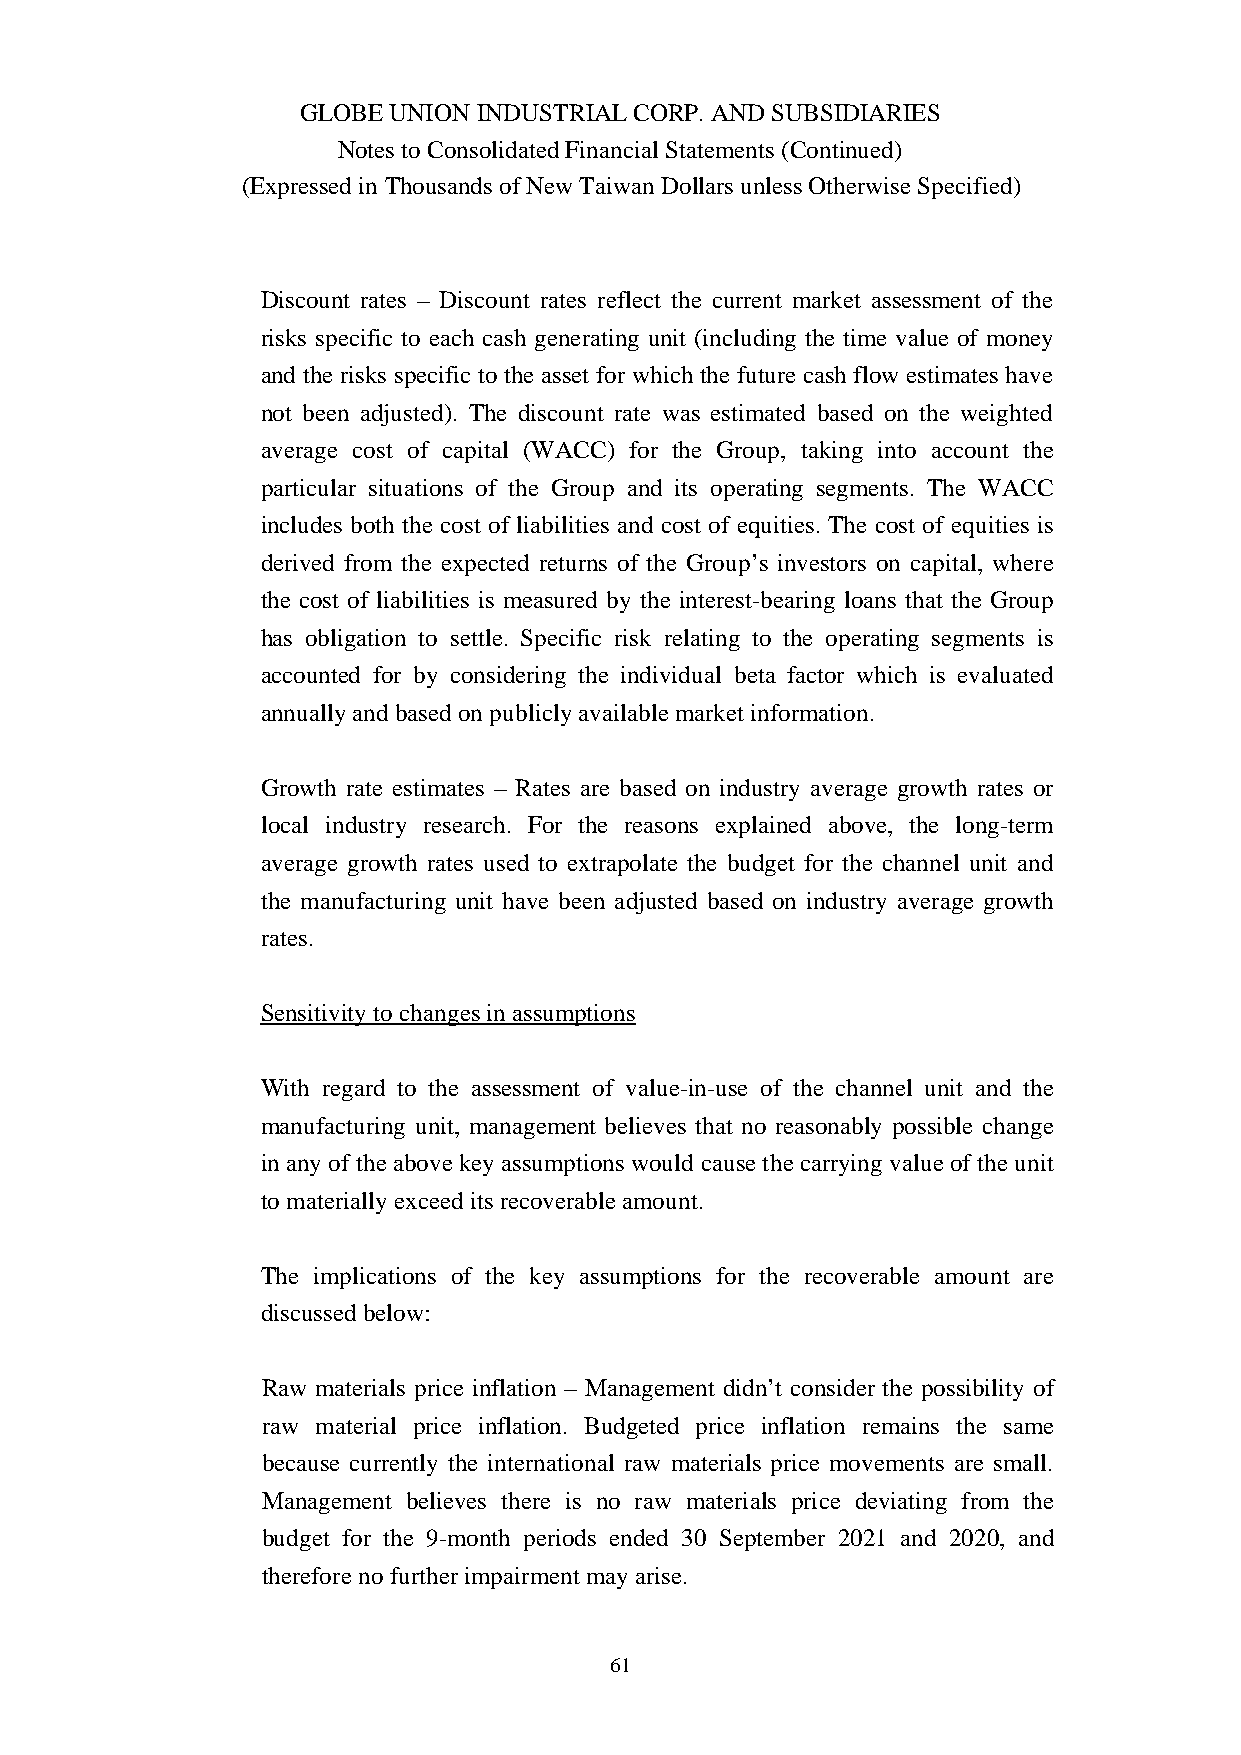
GLOBE UNION INDUSTRIAL CORP. AND SUBSIDIARIES
 Notes to Consolidated Financial Statements (Continued)
 (Expressed in Thousands of New Taiwan Dollars unless Otherwise Specified)
 Discount rates – Discount rates reflect the current market assessment of the
 risks specific to each cash generating unit (including the time value of money
 and the risks specific to the asset for which the future cash flow estimates have
 not been adjusted). The discount rate was estimated based on the weighted
 average cost of capital (WACC) for the Group, taking into account the
 particular situations of the Group and its operating segments. The WACC
 includes both the cost of liabilities and cost of equities. The cost of equities is
 derived from the expected returns of the Group’s investors on capital, where
 the cost of liabilities is measured by the interest-bearing loans that the Group
 has obligation to settle. Specific risk relating to the operating segments is
 accounted for by considering the individual beta factor which is evaluated
 annually and based on publicly available market information.
 Growth rate estimates – Rates are based on industry average growth rates or
 local industry research. For the reasons explained above, the long-term
 average growth rates used to extrapolate the budget for the channel unit and
 the manufacturing unit have been adjusted based on industry average growth
 rates.
 Sensitivity to changes in assumptions
 With regard to the assessment of value-in-use of the channel unit and the
 manufacturing unit, management believes that no reasonably possible change
 in any of the above key assumptions would cause the carrying value of the unit
 to materially exceed its recoverable amount.
 The implications of the key assumptions for the recoverable amount are
 discussed below:
 Raw materials price inflation – Management didn’t consider the possibility of
 raw material price inflation. Budgeted price inflation remains the same
 because currently the international raw materials price movements are small.
 Management believes there is no raw materials price deviating from the
 budget for the 9-month periods ended 30 September 2021 and 2020, and
 therefore no further impairment may arise.
 61